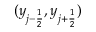
( y _ { j - \frac { 1 } { 2 } } , y _ { j + \frac { 1 } { 2 } } )